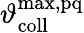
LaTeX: \vartheta_{\mathrm{coll}}^{\mathrm{max,pq}}